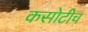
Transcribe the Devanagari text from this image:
कसोटीच